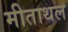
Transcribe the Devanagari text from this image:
मीताथल